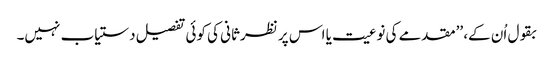
بقول اُن کے، ’’مقدمے کی نوعیت یا اس پر نظرثانی کی کوئی تفصیل دستیاب نہیں۔